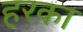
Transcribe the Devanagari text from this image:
हरका